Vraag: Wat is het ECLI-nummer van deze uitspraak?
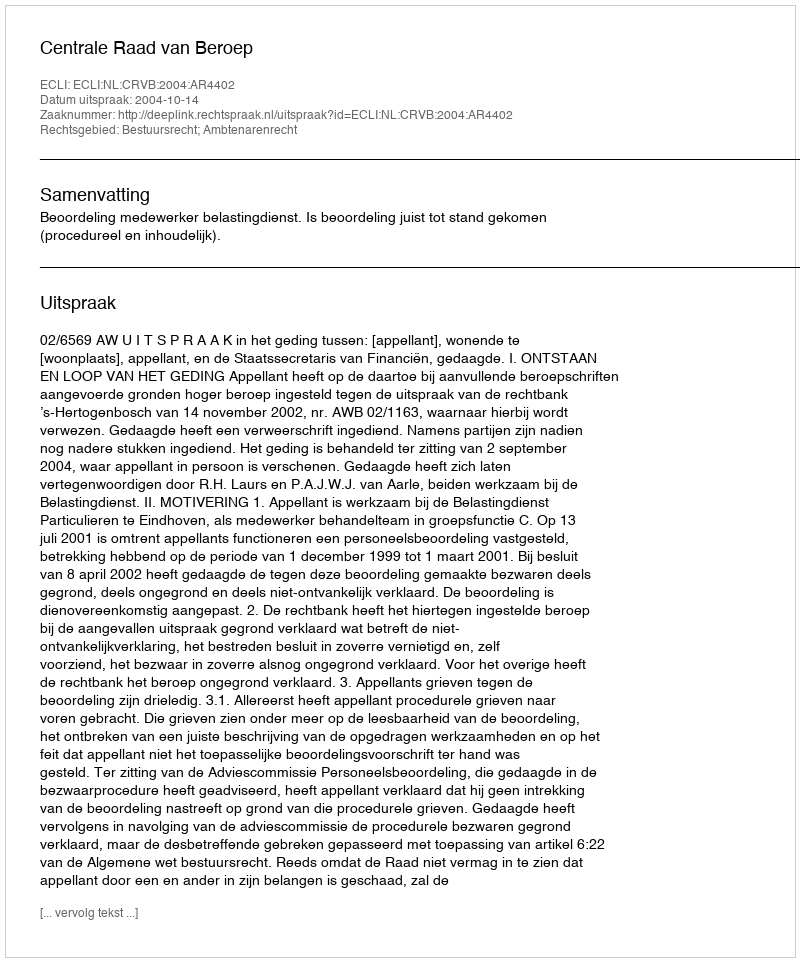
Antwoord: ECLI:NL:CRVB:2004:AR4402